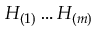
H _ { ( 1 ) } \ldots H _ { ( m ) }